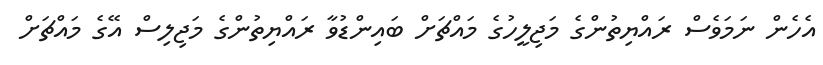
އެހެން ނަމަވެސް ރައްޔިތުންގެ މަޖިލީހުގެ މައްޗަށް ބައިންޑުވާ ރައްޔިތުންގެ މަޖިލިސް އޭގެ މައްޗަށް